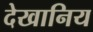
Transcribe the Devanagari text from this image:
देखानिय